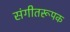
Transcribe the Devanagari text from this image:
संगीतरूपक